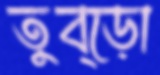
তুব্‌ড়ো